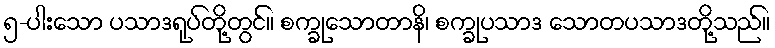
၅-ပါးသော ပသာဒရုပ်တို့တွင်။ စက္ခုသောတာနိ၊ စက္ခုပသာဒ သောတပသာဒတို့သည်။